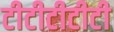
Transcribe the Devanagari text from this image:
टीटीटीटीटी